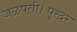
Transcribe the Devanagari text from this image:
जळपती।पुरंदर